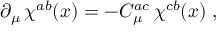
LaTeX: \partial _ { \mu } \, \chi ^ { a b } ( x ) = - C _ { \mu } ^ { a c } \, \chi ^ { c b } ( x ) \; ,